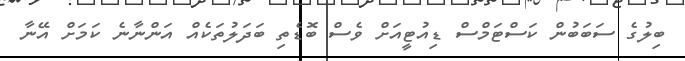
ބިލުގެ ސަބަބުން ކަސްޓަމްސް ޑިއުޓީއަށް ވެސް ބޮޑެތި ބަދަލުތަކެއް އަންނާނެ ކަމަށް އޭނާ